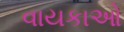
વાયકાઓ